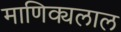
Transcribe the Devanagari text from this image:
माणिक्यलाल